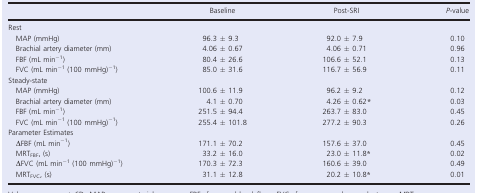
|  | Baseline | Post-SRI | P-value |
 | --- | --- | --- | --- |
 | <COLSPAN=4> Rest |
 | MAP (mmHg) | 96.3 ± 9.3 | 92.0 ± 7.9 | 0.10 |
 | Brachial artery diameter (mm) | 4.06 ± 0.67 | 4.06 ± 0.71 | 0.96 |
 | FBF (mL min−1) | 80.4 ± 26.6 | 106.6 ± 52.1 | 0.13 |
 | FVC (mL min−1 (100 mmHg)−1) | 85.0 ± 31.6 | 116.7 ± 56.9 | 0.11 |
 | <COLSPAN=4> Steady-state |
 | MAP (mmHg) | 100.6 ± 11.9 | 96.2 ± 9.2 | 0.12 |
 | Brachial artery diameter (mm) | 4.1 ± 0.70 | 4.26 ± 0.62* | 0.03 |
 | FBF (mL min−1) | 251.5 ± 94.4 | 263.7 ± 83.0 | 0.45 |
 | FVC (mL min−1 (100 mmHg)−1) | 255.4 ± 101.8 | 277.2 ± 90.3 | 0.26 |
 | <COLSPAN=4> Parameter Estimates |
 | ΔFBF (mL min−1) | 171.1 ± 70.2 | 157.6 ± 37.0 | 0.45 |
 | MRTFBF, (s) | 33.2 ± 16.0 | 23.0 ± 11.8* | 0.02 |
 | ΔFVC (mL min−1 (100 mmHg)−1) | 170.3 ± 72.3 | 160.6 ± 39.0 | 0.49 |
 | MRTFVC, (s) | 31.1 ± 12.8 | 20.2 ± 10.8* | 0.01 |